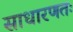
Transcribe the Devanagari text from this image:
साधारणतः